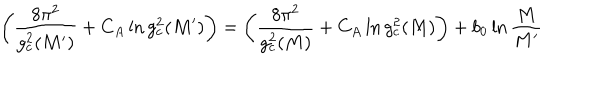
\left( \frac { 8 \pi ^ { 2 } } { g _ { c } ^ { 2 } ( M ^ { \prime } ) } + C _ { A } \ln g _ { c } ^ { 2 } ( M ^ { \prime } ) \right) = \left( \frac { 8 \pi ^ { 2 } } { g _ { c } ^ { 2 } ( M ) } + C _ { A } \ln g _ { c } ^ { 2 } ( M ) \right) + b _ { 0 } \ln \frac { M } { M ^ { \prime } }